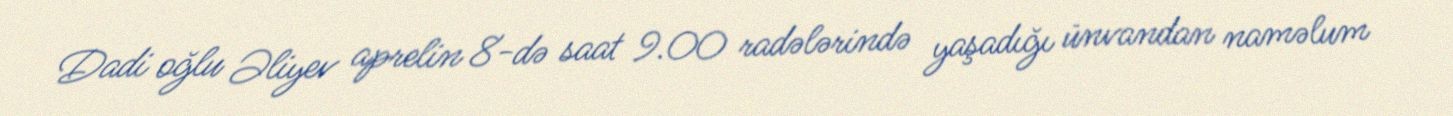
Dadi oğlu Əliyev aprelin 8-də saat 9.00 radələrində yaşadığı ünvandan naməlum